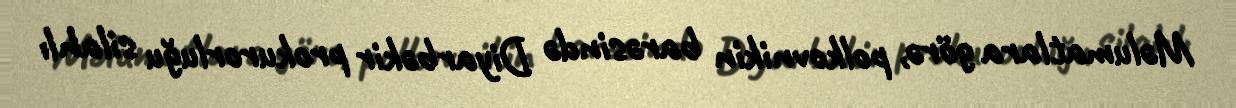
Məlumatlara görə, polkovnikin barəsində Diyarbəkir prokurorluğu silahlı